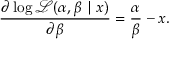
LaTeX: { \frac { \partial \log { \mathcal { L } } ( \alpha , \beta \mid x ) } { \partial \beta } } = { \frac { \alpha } { \beta } } - x .